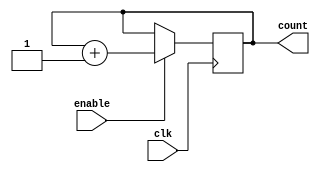
module binary_up_counter_with_enable (
    input wire clk,
    input wire enable,
    output reg [7:0] count
);

always @(posedge clk) begin
    if(enable) begin
        count <= count + 1;
    end
end

endmodule